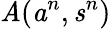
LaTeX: \textbf{\textit{A}}(\textbf{\textit{a}}^{n},\textbf{\textit{s}}^{n})